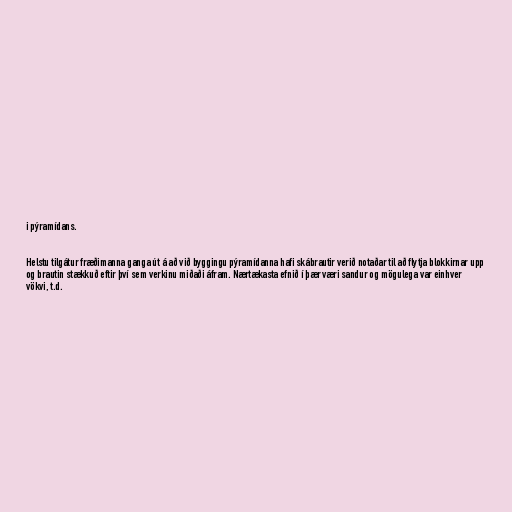
i pýramídans.

Helstu tilgátur fræðimanna ganga út á að við byggingu pýramídanna hafi skábrautir verið notaðar til að flytja blokkirnar upp
og brautin stækkuð eftir því sem verkinu miðaði áfram. Nærtækasta efnið í þær væri sandur og mögulega var einhver
vökvi, t.d.